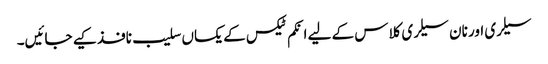
سیلری اور نان سیلری کلاس کے لیے انکم ٹیکس کے یکساں سلیب نافذ کیے جائیں۔